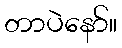
တာပဲနော်။